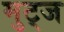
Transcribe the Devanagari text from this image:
मुट्‌ज